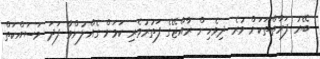
ބޭރު ފަރާތްތަކަށް ވުރެ ދިވެހިން ރާއްޖޭގެ ފަތުރުވެރި ކަމަށް ގެއްލުންވާ ފަދަ މަސައްކަތް